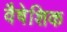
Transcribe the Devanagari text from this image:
वैषेशिक